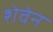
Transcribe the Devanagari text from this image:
शेवेन